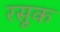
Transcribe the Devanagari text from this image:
रसूक